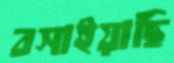
বসাইয়াছি